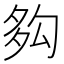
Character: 𡖜